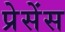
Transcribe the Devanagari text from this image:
प्रेसेंस